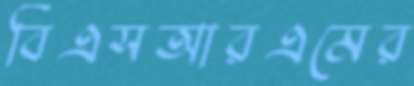
বিএসআরএমের